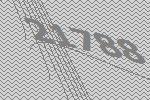
21788